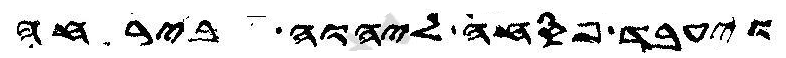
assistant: ויעבד פסחה ליהוה בירחה